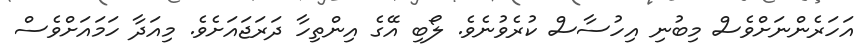
އަހަރެންނަށްވެސް މިބުނި އިހުސާސް ކުރެވުނެވެ. ލޯބި އޭގެ އިންތިހާ ދަރަޖައަށެވެ. މިއަދާ ހަމައަށްވެސް